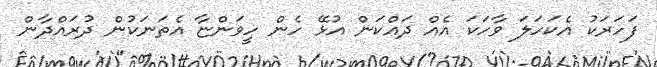
ފަހަރަކު އެކަހަލަ ވާހަކަ އެއް ދައްކަން އުޅޭ ހެން ހީވަންޏާ އެތަނަކުން ދުރައްދާން